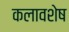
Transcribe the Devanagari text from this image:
कलावशेष